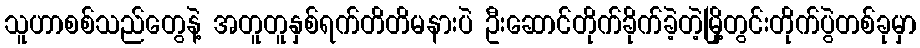
သူဟာစစ်သည်တွေနဲ့ အတူတူနှစ်ရက်တိတိမနားပဲ ဦးဆောင်တိုက်ခိုက်ခဲ့တဲ့မြို့တွင်းတိုက်ပွဲတစ်ခုမှာ